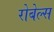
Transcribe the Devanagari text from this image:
रोबेल्‍स